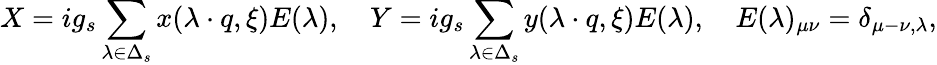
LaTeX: X=ig_{s}\sum_{\lambda\in\Delta_{s}}x(\lambda\cdot q,\xi)E(\lambda),\quad Y=ig_{s}\sum_{\lambda\in\Delta_{s}}y(\lambda\cdot q,\xi)E(\lambda),\quad E(\lambda)_{\mu\nu}=\delta_{\mu-\nu,\lambda},